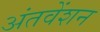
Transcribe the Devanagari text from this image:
अंतवेंशन